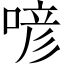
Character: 喭